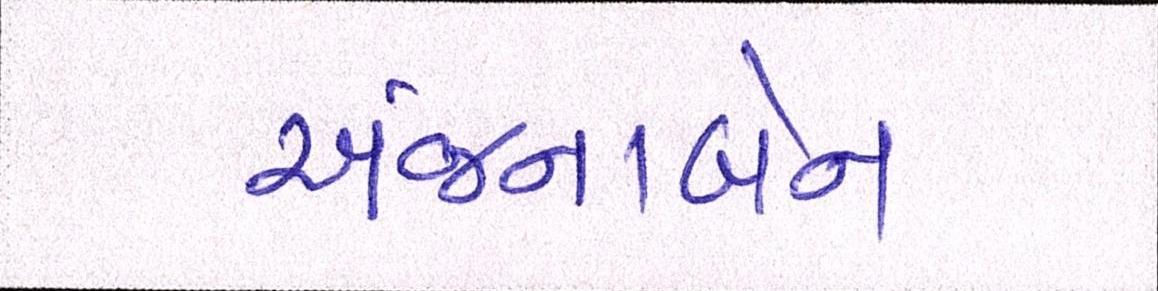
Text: અંજનાબેન